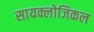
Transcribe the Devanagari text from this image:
सायक्लोजिकल